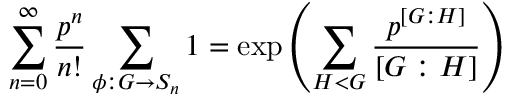
\sum _ { n = 0 } ^ { \infty } \frac { p ^ { n } } { n ! } \sum _ { \phi : G \rightarrow S _ { n } } 1 = \exp \left( \sum _ { H < G } \frac { p ^ { \left[ G : H \right] } } { \left[ G : H \right] } \right)